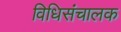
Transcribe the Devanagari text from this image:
विधिसंचालक